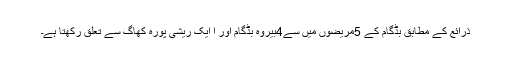
ذرائع کے مطابق بڈگام کے 5مریضوں میں سے4بیروہ بڈگام اور ا ایک ریشی پورہ کھاگ سے تعلق رکھتا ہے۔